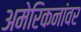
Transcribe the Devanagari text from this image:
अमेरिकनांवर